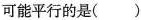
可能平行的是( )